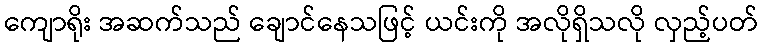
ကျောရိုး အဆက်သည် ချောင်နေသဖြင့် ယင်းကို အလိုရှိသလို လှည့်ပတ်